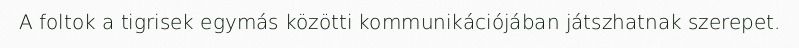
A foltok a tigrisek egymás közötti kommunikációjában játszhatnak szerepet.